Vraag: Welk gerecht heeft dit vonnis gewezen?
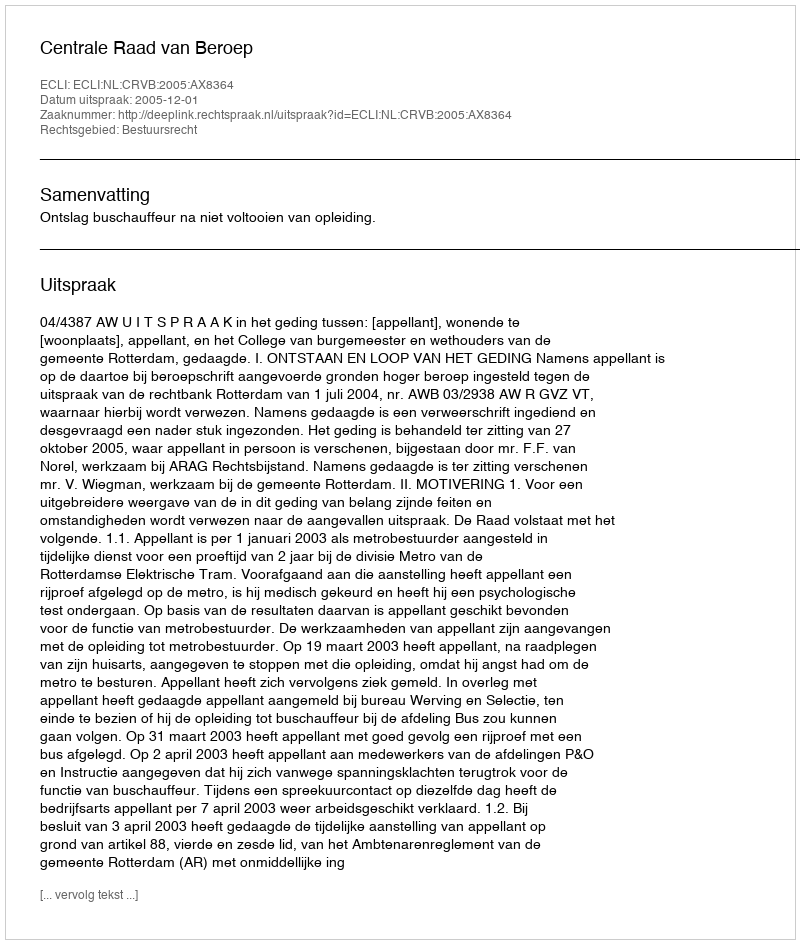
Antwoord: Centrale Raad van Beroep